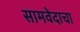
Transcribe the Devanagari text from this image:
सामवेदाचा